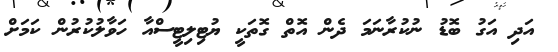
އަދި އަގު ބޮޑު ނުކުރާނަމަ ދެން އޮތް ގޮތަކީ ޔުޓިލިޓީސްއާ ހަވާލުކުރުން ކަމަށް